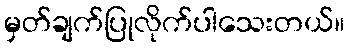
မှတ်ချက်ပြုလိုက်ပါသေးတယ်။